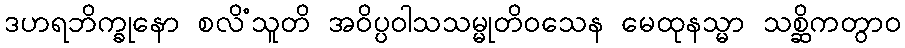
ဒဟရဘိက္ခုနော စလိံသူတိ အဝိပ္ပဝါသသမ္မုတိဝသေန မေထုနသ္မာ သစ္ဆိကတွာဝ